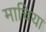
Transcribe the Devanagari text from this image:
माचिया